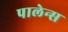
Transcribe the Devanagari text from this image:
पालेन्स